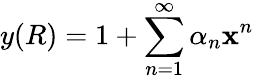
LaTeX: y(R)=1+\sum_{n=1}^{\infty}\alpha_{n}\mathbf{x}^{n}